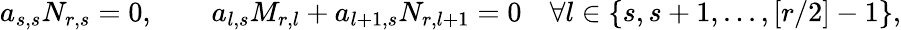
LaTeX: a_{s,s}N_{r,s}=0,\quad\quad a_{l,s}M_{r,l}+a_{l+1,s}N_{r,l+1}=0\quad\forall l\in\{ s,s+1,...,[r/2]-1\} ,